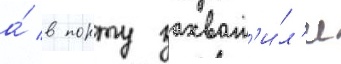
а́ в порту захват'и́л'и